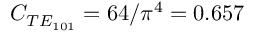
C _ { T E _ { 1 0 1 } } = 6 4 / \pi ^ { 4 } = 0 . 6 5 7